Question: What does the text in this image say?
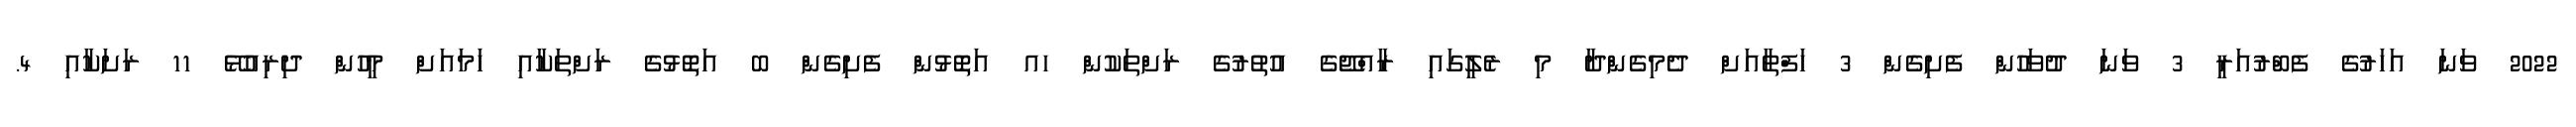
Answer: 2022 ވަނަ އަހަރުގެ ފެބްރުއަރީ 3 ވަނަ ދުވަހުން ފެށިގެން 3 ހަފްތާއަށް ދެމިގެންދާ މި ރެލީގައި ރާއްޖޭގެ އުތުރުގެ ރަށްތަކުން ހއ އަތޮޅުން ފެށިގެން ބ އަތޮޅުގެ ރަށްތަކާއި ހަމައަށް މީހުން ދިރިއުޅޭ 11 ރަށަކާއި 4.